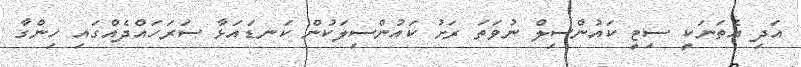
އަދި އެތަނަކީ ސިޓީ ކައުންސިލް ނުވަތަ ރަށު ކައުންސިލަކުން ކަނޑައަޅާ ސަރަހައްދެއްގައި ހިންގާ